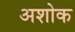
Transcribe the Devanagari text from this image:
अशोक